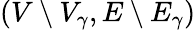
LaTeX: (V\setminus V_{\gamma},E\setminus E_{\gamma})